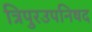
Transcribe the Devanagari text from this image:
त्रिपुरउपनिषद